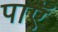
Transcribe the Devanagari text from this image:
पाएॅ